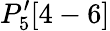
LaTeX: P_{5}^{\prime}[4-6]